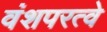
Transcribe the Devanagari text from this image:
वंशपरत्वे